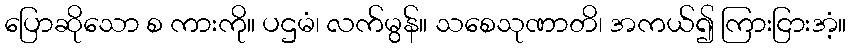
ပြောဆိုသော စ ကားကို။ ပဌမံ၊ လက်မွန်။ သစေသုဏာတိ၊ အကယ်၍ ကြားငြားအံ့။